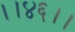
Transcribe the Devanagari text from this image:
।।४६।।